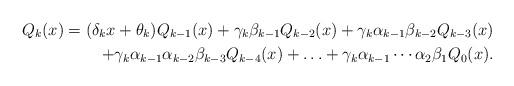
LaTeX: \begin{align*}Q_k(x) = (\delta_k x + \theta_k) Q_{k-1}(x) + \gamma_k \beta_{k-1} Q_{k-2}(x) + \gamma_k \alpha_{k-1} \beta_{k-2} Q_{k-3}(x) \\ + \gamma_k \alpha_{k-1} \alpha_{k-2} \beta_{k-3} Q_{k-4}(x) + \ldots + \gamma_k \alpha_{k-1}\cdots \alpha_2 \beta_1 Q_0(x).\end{align*}